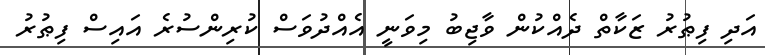
އަދި ފިޠުރު ޒަކާތް ދެއްކުން ވާޖިބު މިވަނީ އެއްދުވަސް ކުރިންސުރެ އައިސް ފިޠުރު